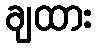
ချထား